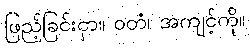
ဖြည့်ခြင်းငှာ။ ဝတံ၊ အကျင့်ကို။